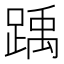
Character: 踽